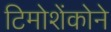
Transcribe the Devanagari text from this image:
टिमोशेंकोने